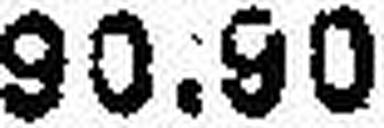
99.99